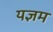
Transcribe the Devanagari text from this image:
यज्ञम